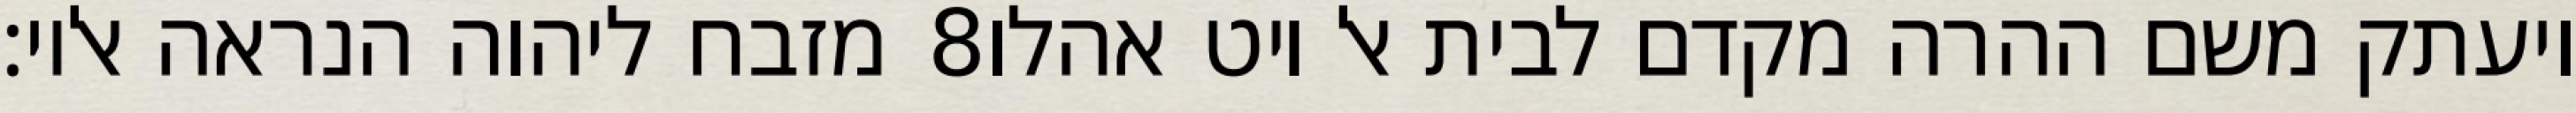
מזבח ליהוה הנראה אליו׃ ‎8‏ ויעתק משם ההרה מקדם לבית אל ויט אהלו